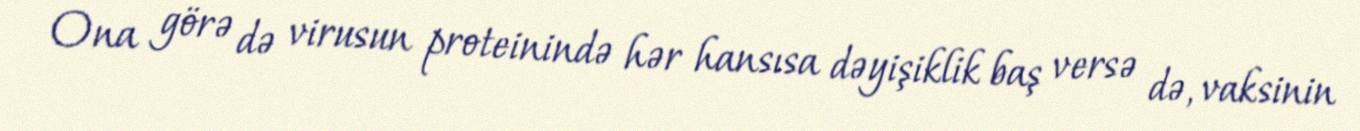
Ona görə də virusun proteinində hər hansısa dəyişiklik baş versə də, vaksinin